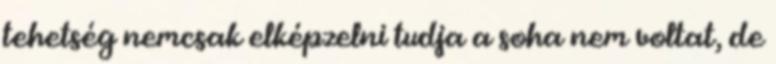
tehetség nemcsak elképzelni tudja a soha nem voltat, de